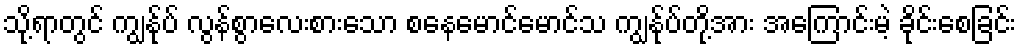
သို့ရာတွင် ကျွန်ုပ် လွန်စွာလေးစားသော စနေမောင်မောင်သ ကျွန်ုပ်တို့အား အကြောင်းမဲ့ ခိုင်းစေခြင်း